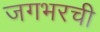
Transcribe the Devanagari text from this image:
जगभरची